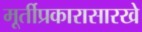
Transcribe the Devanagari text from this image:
मूर्तीप्रकारासारखे